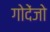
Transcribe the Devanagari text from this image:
गोदेंजो